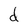
Character: d